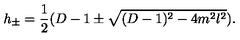
h _ { \pm } = \frac 1 2 ( D - 1 \pm \sqrt { ( D - 1 ) ^ { 2 } - 4 m ^ { 2 } l ^ { 2 } } ) .